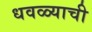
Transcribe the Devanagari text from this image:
धवळ्याची